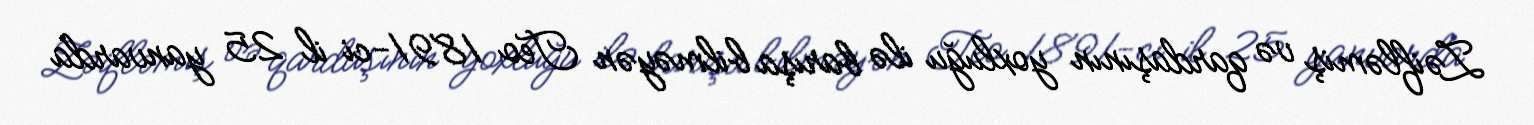
Zəifləmiş və qardaşının yoxluğu ilə barışa bilməyən Teo 1891-ci il 25 yanvarda